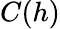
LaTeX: C(h)